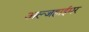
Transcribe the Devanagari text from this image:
अल्जहाईमर